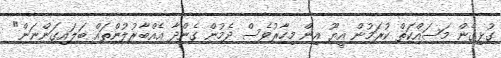
ގުޅިގެން މަސައްކަަތް ކުރަމުން އީޔޫ އިން މިހާރުވެސް ދެމުން ގެންދާ އެއްބާރުލުންތައް ބަލައިގަންނަން"